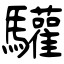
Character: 驩